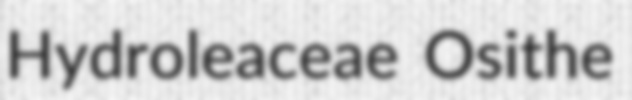
Hydroleaceae Osithe